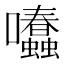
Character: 𡆂